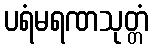
ပရံမရဏသုတ္တံ